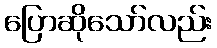
ပြောဆိုသော်လည်း